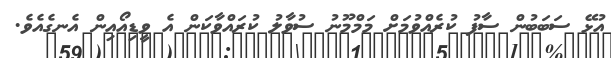
އުޅޭ ސަބަބުން ސާފު ކުރެއްވުމަށް މަމްމޫނު ސުވާލު ކުރައްވާކަން އެ ވީޑިއޯއިން އެނގެއެވެ.